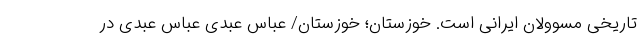
تاریخی مسوولان ایرانی است. خوزستان؛ خوزستان/ عباس عبدی عباس عبدی در